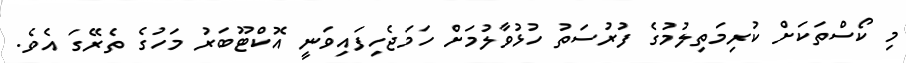
މި ކޯސްތަކަށް ކުރިމަތިލުމުގެ ފުރުސަތު ހުޅުވާލުމަށް ހަމަޖެހިފައިވަނީ އޮކްޓޫބަރު މަހުގެ ތެރޭގަ އެވެ.